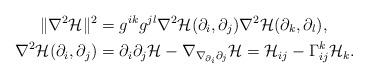
LaTeX: \begin{align*}\|\nabla^2\mathcal{H}\|^2 & = g^{ik}g^{jl}\nabla^2\mathcal{H}(\partial_i,\partial_j)\nabla^2\mathcal{H}(\partial_k,\partial_l),\\ \nabla^2\mathcal{H}(\partial_i,\partial_j) & = \partial_i \partial_j \mathcal{H}-\nabla_{\nabla_{\partial_i} \partial_j}\mathcal{H}=\mathcal{H}_{ij}-\Gamma_{ij}^k\mathcal{H}_k.\end{align*}